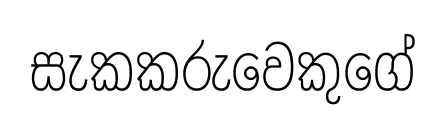
සැකකරුවෙකුගේ